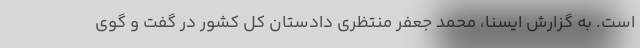
است. به گزارش ایسنا، محمد جعفر منتظری دادستان کل کشور در گفت و گوی